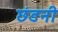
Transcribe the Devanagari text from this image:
छंडनी